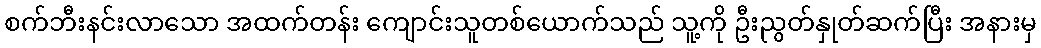
စက်ဘီးနင်းလာသော အထက်တန်း ကျောင်းသူတစ်ယောက်သည် သူ့ကို ဦးညွတ်နှုတ်ဆက်ပြီး အနားမှ